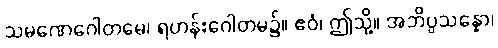
သမဏေဂေါတမေ၊ ရဟန်းဂေါတမ၌။ ဧဝံ၊ ဤသို့။ အဘိပ္ပသန္နော၊